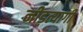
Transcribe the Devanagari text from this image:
नीड़त्यागी